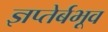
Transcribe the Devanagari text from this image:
ज्ञप्तेर्बभूव